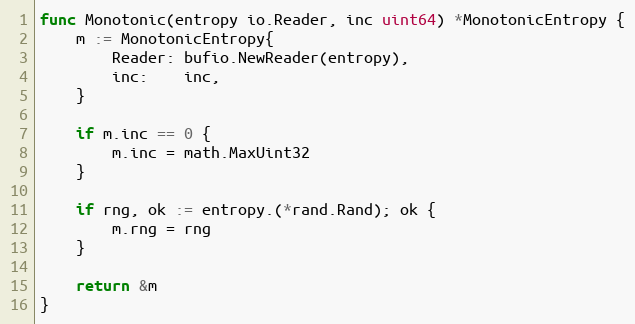
Language: Go
func Monotonic(entropy io.Reader, inc uint64) *MonotonicEntropy {
	m := MonotonicEntropy{
		Reader: bufio.NewReader(entropy),
		inc:    inc,
	}

	if m.inc == 0 {
		m.inc = math.MaxUint32
	}

	if rng, ok := entropy.(*rand.Rand); ok {
		m.rng = rng
	}

	return &m
}